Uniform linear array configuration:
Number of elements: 64
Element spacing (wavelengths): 0.25
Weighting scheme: uniform
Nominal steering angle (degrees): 45
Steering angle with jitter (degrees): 43.353
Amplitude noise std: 0.05
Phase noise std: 0.05

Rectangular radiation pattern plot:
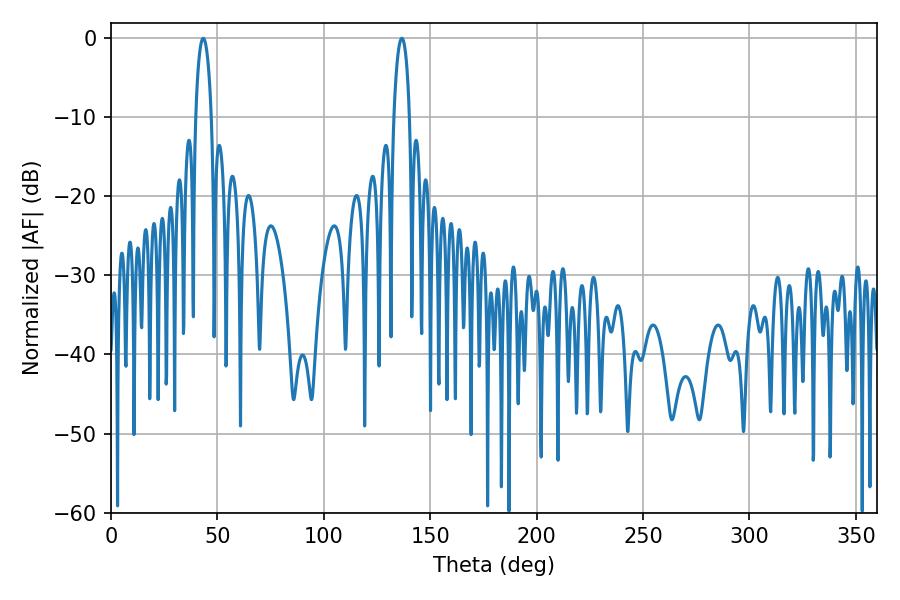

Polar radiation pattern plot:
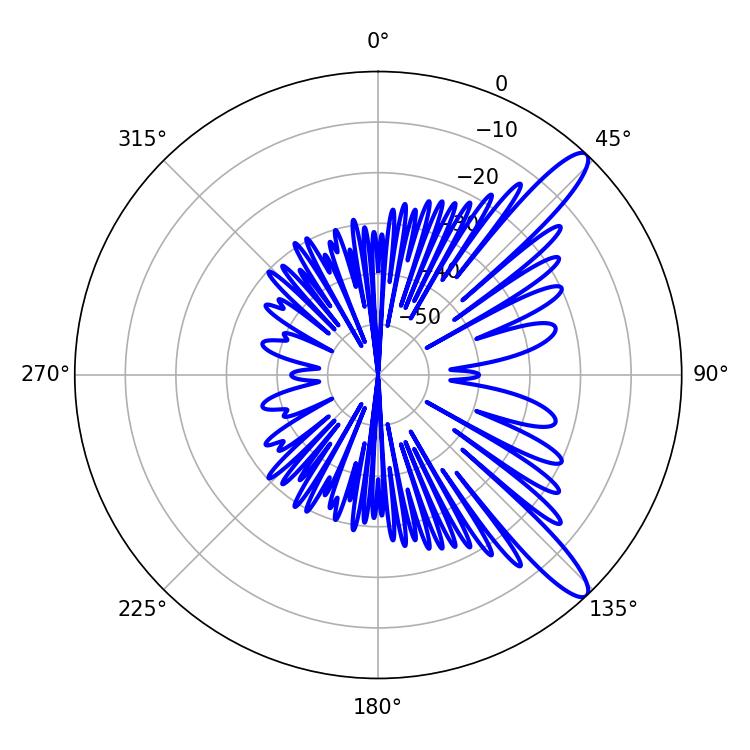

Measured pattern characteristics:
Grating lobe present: FALSE
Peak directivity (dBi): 12.319
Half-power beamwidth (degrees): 4.32
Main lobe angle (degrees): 43.38